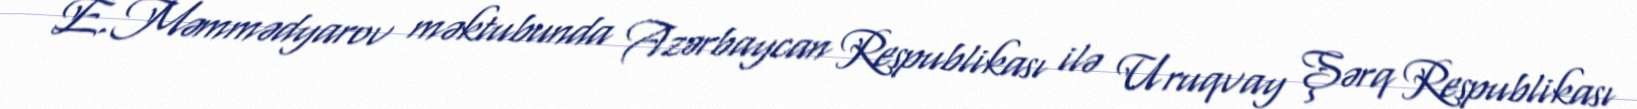
E.Məmmədyarov məktubunda Azərbaycan Respublikası ilə Uruqvay Şərq Respublikası